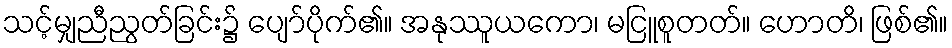
သင့်မျှညီညွတ်ခြင်း၌ ပျော်ပိုက်၏။ အနုဿူယကော၊ မငြူစူတတ်။ ဟောတိ၊ ဖြစ်၏။